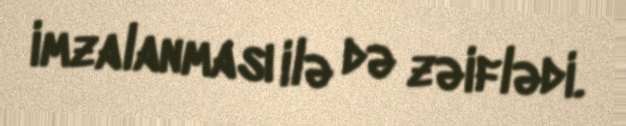
imzalanması ilə də zəiflədi.